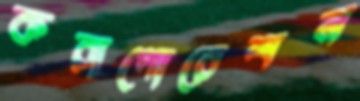
করাপোরেশন